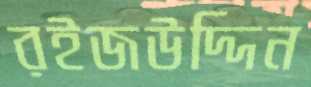
রইজউদ্দিন